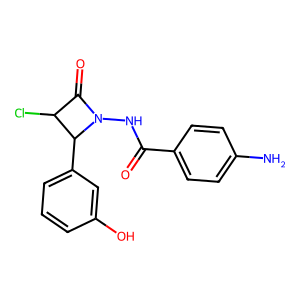
SMILES: Nc1ccc(C(=O)NN2C(=O)C(Cl)C2c2cccc(O)c2)cc1
Inhibits HIV replication: No